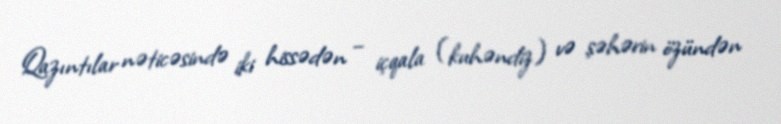
Qazıntılar nəticəsində iki hissədən – içqala (kuhəndiz) və şəhərin özündən